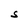
Character: S